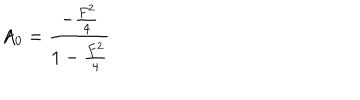
LaTeX: A _ { 0 } = { \frac { - { \frac { F ^ { 2 } } { 4 } } } { 1 - { \frac { F ^ { 2 } } { 4 } } } }